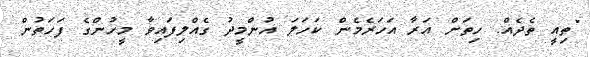
"ތިއީ ތެދެއް. ހިތަށް އަރާ އަހަރެމެން ކަހަލަ އުންމީދު ގެއްލިފައިވާ މީހުންގެ ފަހަތުން